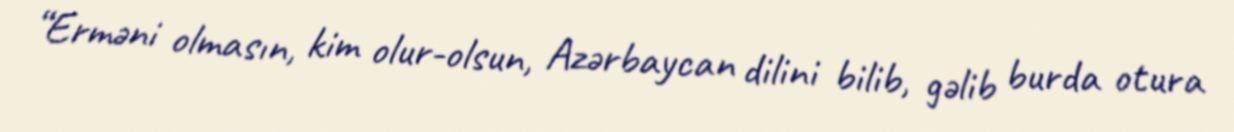
“Erməni olmasın, kim olur-olsun, Azərbaycan dilini bilib, gəlib burda otura